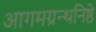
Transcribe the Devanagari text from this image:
आगमग्रन्थनिष्ठे